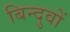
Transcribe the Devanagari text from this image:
बिन्दुवों